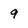
Character: 9